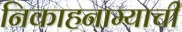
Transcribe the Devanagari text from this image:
निकाहनाम्याची